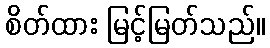
စိတ်ထား မြင့်မြတ်သည်။